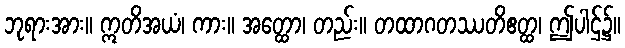
ဘုရားအား။ ဣတိအယံ၊ ကား။ အတ္ထော၊ တည်း။ တထာဂတဿတိဧတ္ထ၊ ဤပါဌ်၌။